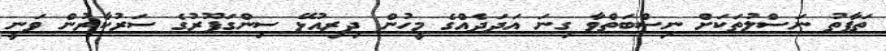
ތަފާތު ނަސްލުތަކަށް ނިސްބަތްވާ ގިނަ އަދަދެއްގެ މީހުން ދިރިއުޅޭ ސިންގަޕޫރުގެ ސަރުކާރުން ވަނީ